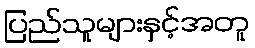
ပြည်သူများနှင့်အတူ